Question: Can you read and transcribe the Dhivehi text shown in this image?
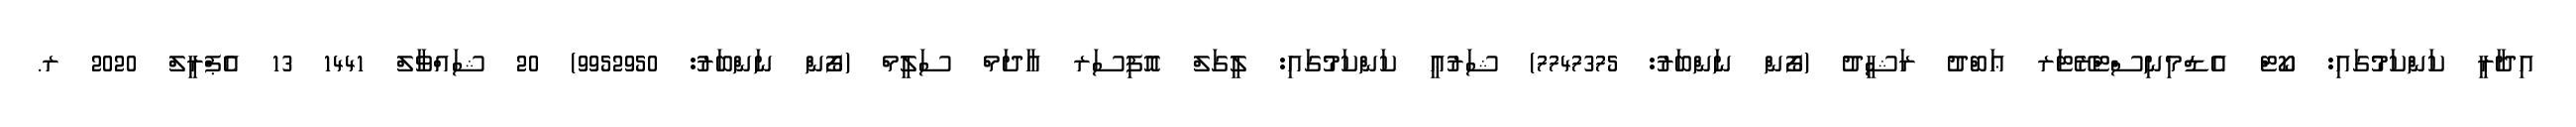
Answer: އިދާރީ ކަންކަމުގައި: ކޯޓް އެޑްމިނިސްޓްރޭޓަރ ޢަބްދު ރަޝީދު (ފޯން ނަންބަރު: 7747375) ޝަރުޢީ ކަންކަމުގައި: ލީގަލް އޮފިސަރ އާދަމް ސަލީމް (ފޯން ނަންބަރު: 9952950) 20 ޝައްވާލް 1441 13 އެޕްރީލް 2020 ރ.